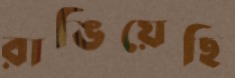
রাঙিয়েছি